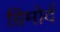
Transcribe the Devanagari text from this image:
ग्रिमोर्द